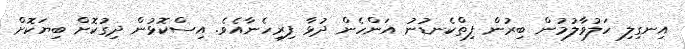
އިނގިލި ހަލުވާލުމުން ބިރުން ފިތްކެނޑުނު އަންހެން ދުޅާ ފިރިހެނާއެވެ. އިސްކޮޅުން ދިގުކޮށް ބިޔަކޮށް